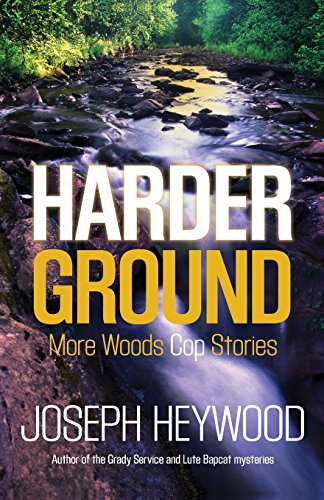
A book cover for Harder Ground: More Woods Cop Stories; Joseph Heywood; Literature & Fiction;